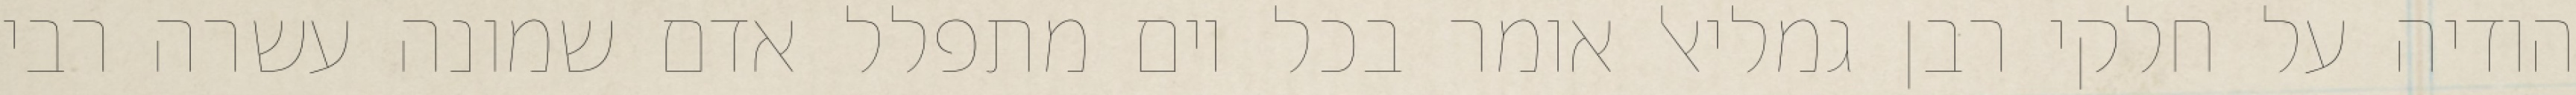
הודיה על חלקי רבן גמליאל אומר בכל יום מתפלל אדם שמונה עשרה רבי